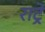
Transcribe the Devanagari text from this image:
राट्रे